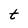
Character: t